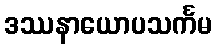
ဒဿနာယောပသင်္ကမ